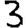
Digit: 3